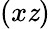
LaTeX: (x\mathit{z})